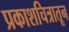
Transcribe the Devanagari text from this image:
प्रकाशचित्रातून